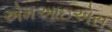
એમઆઇએસ